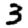
Digit: 3